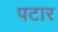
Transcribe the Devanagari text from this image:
पटार